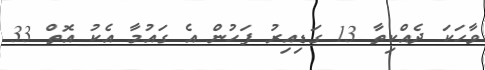
ވާހަކަ ދެއްކިތާ 13 ގަޑިއިރު ފަހުން އެ ގައުމާ އެކު އޮތް 33